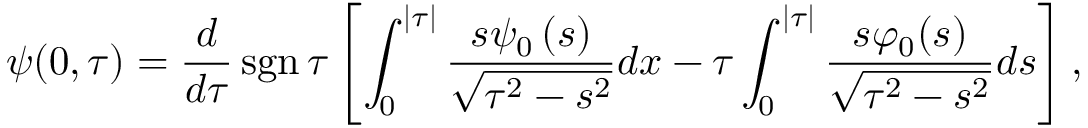
\psi ( 0 , \tau ) = \frac { d } { d \tau } \operatorname * { s g n } \tau \left[ \int _ { 0 } ^ { \lvert \tau \rvert } \frac { s \psi _ { 0 } \left( s \right) } { \sqrt { \tau ^ { 2 } - s ^ { 2 } } } d x - \tau \int _ { 0 } ^ { \lvert \tau \rvert } \frac { s \varphi _ { 0 } ( s ) } { \sqrt { \tau ^ { 2 } - s ^ { 2 } } } d s \right] ,